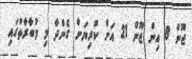
ޖޫން 8 އިން ޖޫން 21 އަށް ކުރިޔަށް ގެންދާ މި މުބާރާތުގައި